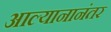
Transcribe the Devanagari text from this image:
आल्यानानंतर